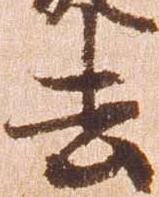
去